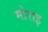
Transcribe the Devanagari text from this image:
मोराइ